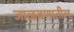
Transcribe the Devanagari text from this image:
जाळवणातील